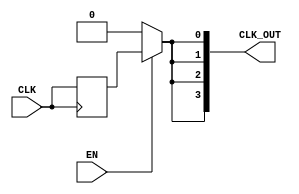
module skew_optimized_clock_buffer (
    input wire CLK,        // Input clock signal
    input wire EN,        // Enable signal
    output wire [N-1:0] CLK_OUT // Output clock signals
);

parameter N = 4; // Number of output clock signals
parameter DELAY = 1; // Propagation delay in ns

// Internal clock signal
reg clk_internal;

// Generate output clock signals based on the input clock
always @(posedge CLK) begin
    clk_internal <= #DELAY CLK; // Propagate with defined delay
end

generate
    genvar i;
    for (i = 0; i < N; i = i + 1) begin : clock_distribution
        assign CLK_OUT[i] = EN ? clk_internal : 1'b0; // Output clock with enable control
    end
endgenerate

endmodule